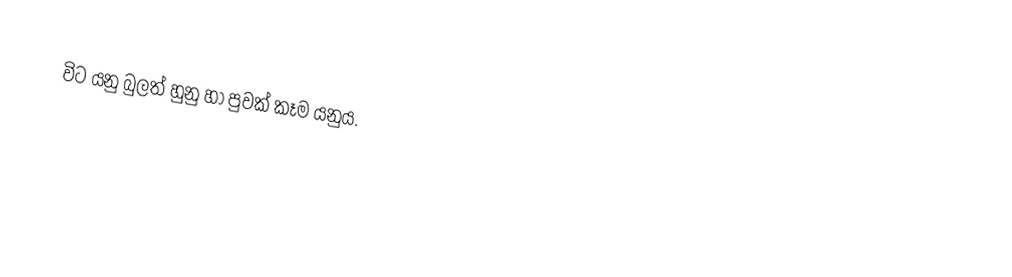
විට යනු බුලත් හුනු හා පුවක් කෑම යනුය.